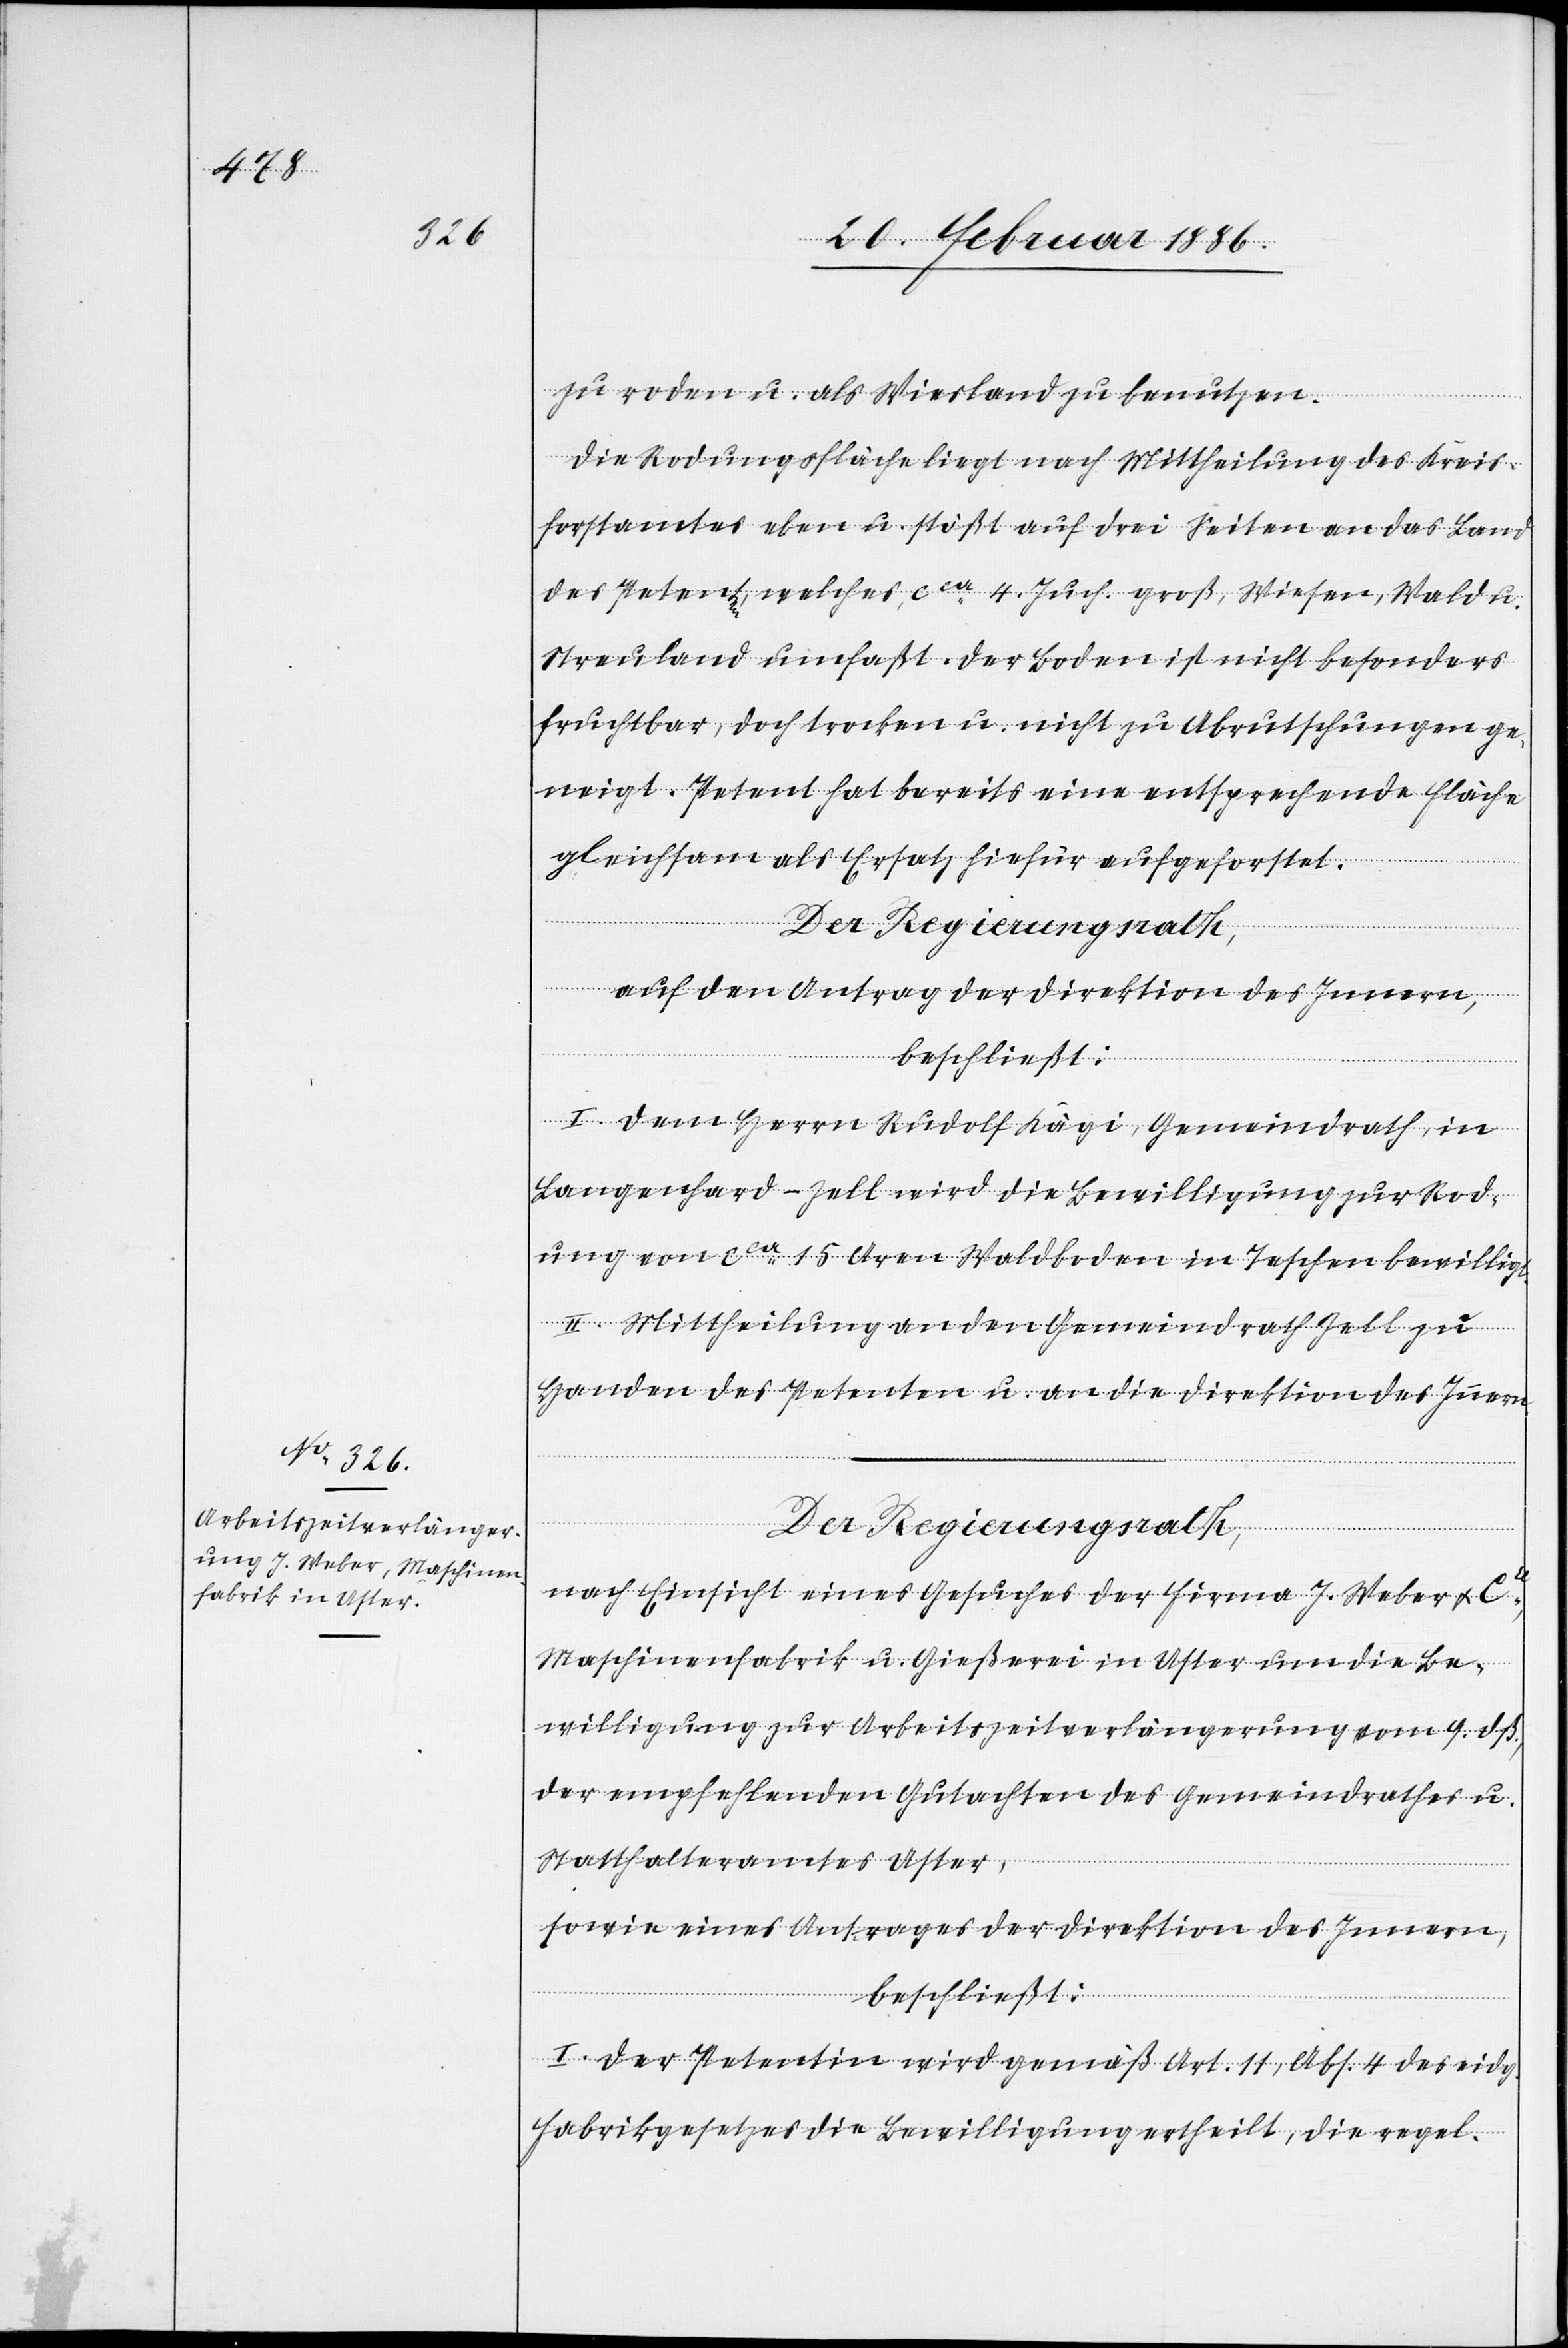
zu roden u. als Wiesland zu benutzen.
Die Rodungsfläche liegt nach Mittheilung des Kreis¬
forstamtes eben u. stößt auf drei Seiten an das Land
des Petenten, welches cca 4 Juch. groß, Wiesen, Wald u.
Streuland umfaßt. Der Boden ist nicht besonders
fruchtbar, doch trocken u. nicht zu Abrutschungen ge¬
neigt. Petent hat bereits eine entsprechende Fläche
gleichsam als Ersatz hiefür aufgeforstet.
auf den Antrag der Direktion des Innern,
beschließt:
I. Dem Herrn Rudolf Kägi, Gemeindrath, in
Langenhard - Zell wird die Bewilligung zur Rod¬
ung von cca 15 Aren Waldboden in Teschen bewilligt.
II. Mittheilung an den Gemeindrath Zell zu
Handen des Petenten u. an die Direktion des Inner¬
n.
Der Regierungsrath,
nach Einsicht eines Gesuches der Firma J. Weber & Cie,
Maschinenfabrik u. Gießerei in Uster um die Be¬
willigung zur Arbeitszeitverlängerung vom 9. dß.,
der empfehlenden Gutachten des Gemeindrathes u.
Statthalteramtes Uster,
sowie eines Antrages der Direktion des Innern,
beschließt:
I. Der Petentin wird gemäß Art. 11, Abs. 4 des eidg.
Fabrikgesetzes die Bewilligung ertheilt, die regel-